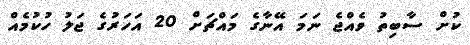
ކުށް ސާބިތު ވެއްޖެ ނަަމަ އޭނާގެ މައްޗަށް 20 އަހަރުގެ ޖަލު ހުކުމެއް